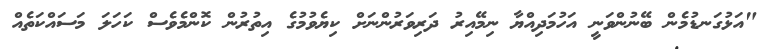
"އަޅުގަނޑުމެން ބޭނުންވަނީ އަހުމަދިއްޔާ ނިމޭއިރު ދަރިވަރުންނަށް ކިޔެވުމުގެ އިތުރުން ކޮންމެވެސް ކަހަލަ މަސައްކަތެއް